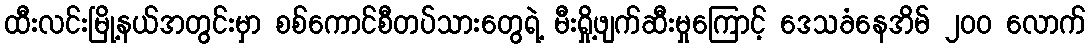
ထီးလင်းမြို့နယ်အတွင်းမှာ စစ်ကောင်စီတပ်သားတွေရဲ့ မီးရှို့ဖျက်ဆီးမှုကြောင့် ဒေသခံနေအိမ် ၂၀၀ လောက်